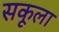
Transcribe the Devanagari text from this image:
सकूला